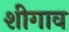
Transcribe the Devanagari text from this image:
शीगाव